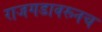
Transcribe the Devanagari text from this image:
राजगडावरूनच